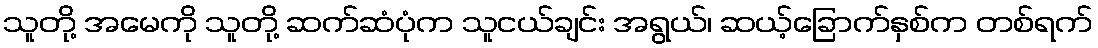
သူတို့ အမေကို သူတို့ ဆက်ဆံပုံက သူငယ်ချင်း အရွယ်၊ ဆယ့်ခြောက်နှစ်က တစ်ရက်